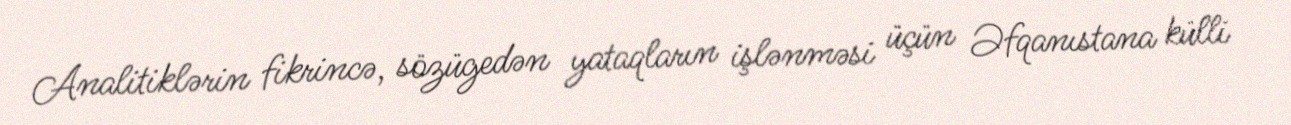
Analitiklərin fikrincə, sözügedən yataqların işlənməsi üçün Əfqanıstana külli